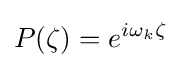
P(\zeta )=e^{i\omega _{k}\zeta }